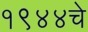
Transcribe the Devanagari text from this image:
१९४४चे